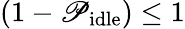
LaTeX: \left(1-\mathscr{P}_{\mathrm{{idle}}}\right)\le1